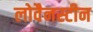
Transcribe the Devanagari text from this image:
लोवैनस्टीन